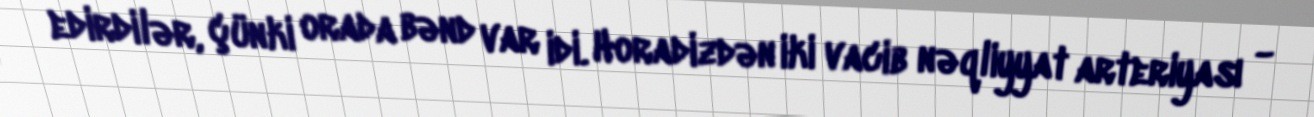
edirdilər, çünki orada bənd var idi. Horadizdən iki vacib nəqliyyat arteriyası -